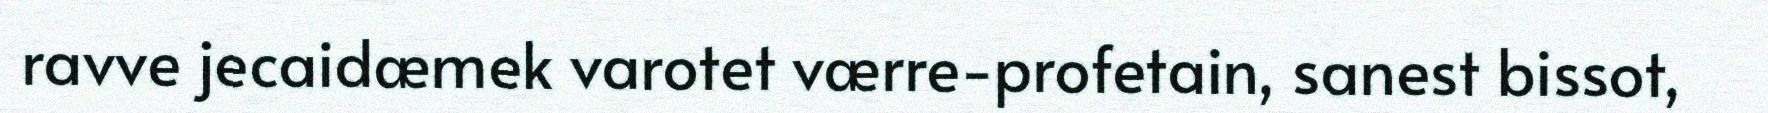
ravve jecaidæmek varotet værre-profetain, sanest bissot,